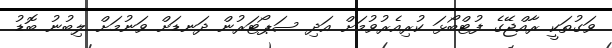
ވަގުތަކީ ރާއްޖޭގެ ފުޓްބޯޅަ ކުރިއެރުވުމަށް އަދި ސަޕޯޓަރުން ދަނޑަށް ވަނުމަށް ލިބުނު ބޮޑު